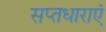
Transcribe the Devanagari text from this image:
सप्तधाराएं